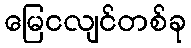
မြေငလျင်တစ်ခု